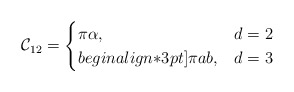
\begin{align*} \mathcal{C}_{12}=\begin{cases}\pi \alpha , & d=2\\begin{align*}3pt]\pi a b , & d=3\end{cases}\end{align*}